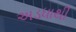
અડધાથી